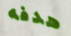
هدفه